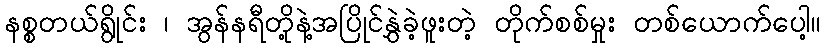
နစ္စတယ်ရွိုင်း ၊ အွန်နရီတို့နဲ့အပြိုင်နွှဲခဲ့ဖူးတဲ့ တိုက်စစ်မှုး တစ်ယောက်ပေါ့။